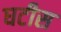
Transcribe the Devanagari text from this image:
घटीस